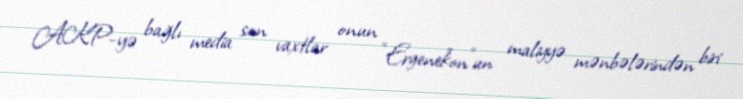
AKP-yə bağlı media son vaxtlar onun “Ergenekon”un maliyyə mənbələrindən biri